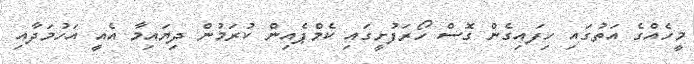
މީހެއްގެ އަތުގައި ހިފައިގެން ގޮސް ހޯރަފުށީގައި ކެމްޕެއިން ކުރަމުން ދިޔައިމާ އެއީ އަހުމަދާއި